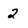
Character: 2